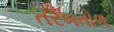
તરબતોળ